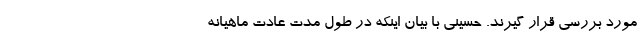
مورد بررسی قرار گیرند. حسینی با بیان اینکه در طول مدت عادت ماهیانه